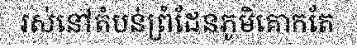
រស់នៅតំបន់ព្រំដែនភូមិគោកតែ